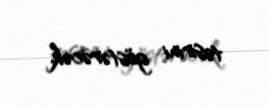
təsirini göstərəcək.